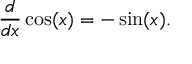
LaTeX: { \frac { d } { d x } } \cos ( x ) = - \sin ( x ) .